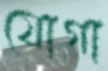
যোগা